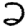
Digit: 2